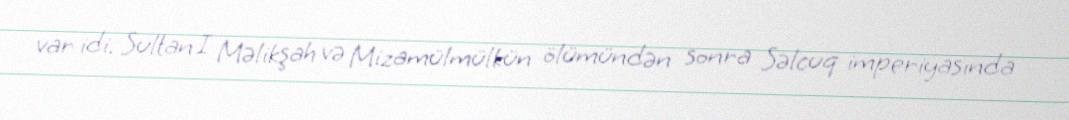
var idi. Sultan I Məlikşah və Mizamülmülkün ölümündən sonra Səlcuq imperiyasında